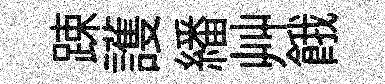
踈護繙艸餓